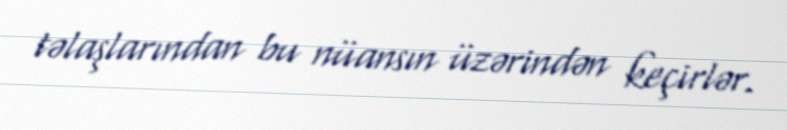
təlaşlarından bu nüansın üzərindən keçirlər.